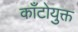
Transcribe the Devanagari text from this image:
काँटोयुक्त